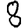
Digit: 8